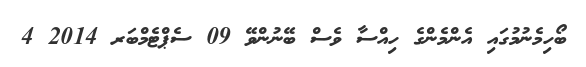
ބޯހިމެނުމުގައި އެންމެންގެ ހިއްސާ ވެސް ބޭނުންވޭ 09 ސެޕްޓެމްބަރ 2014 4